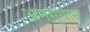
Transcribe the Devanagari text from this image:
अनसुधान